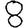
Digit: 8